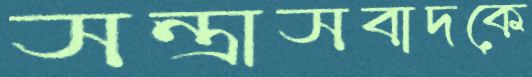
সন্ত্রাসবাদকে